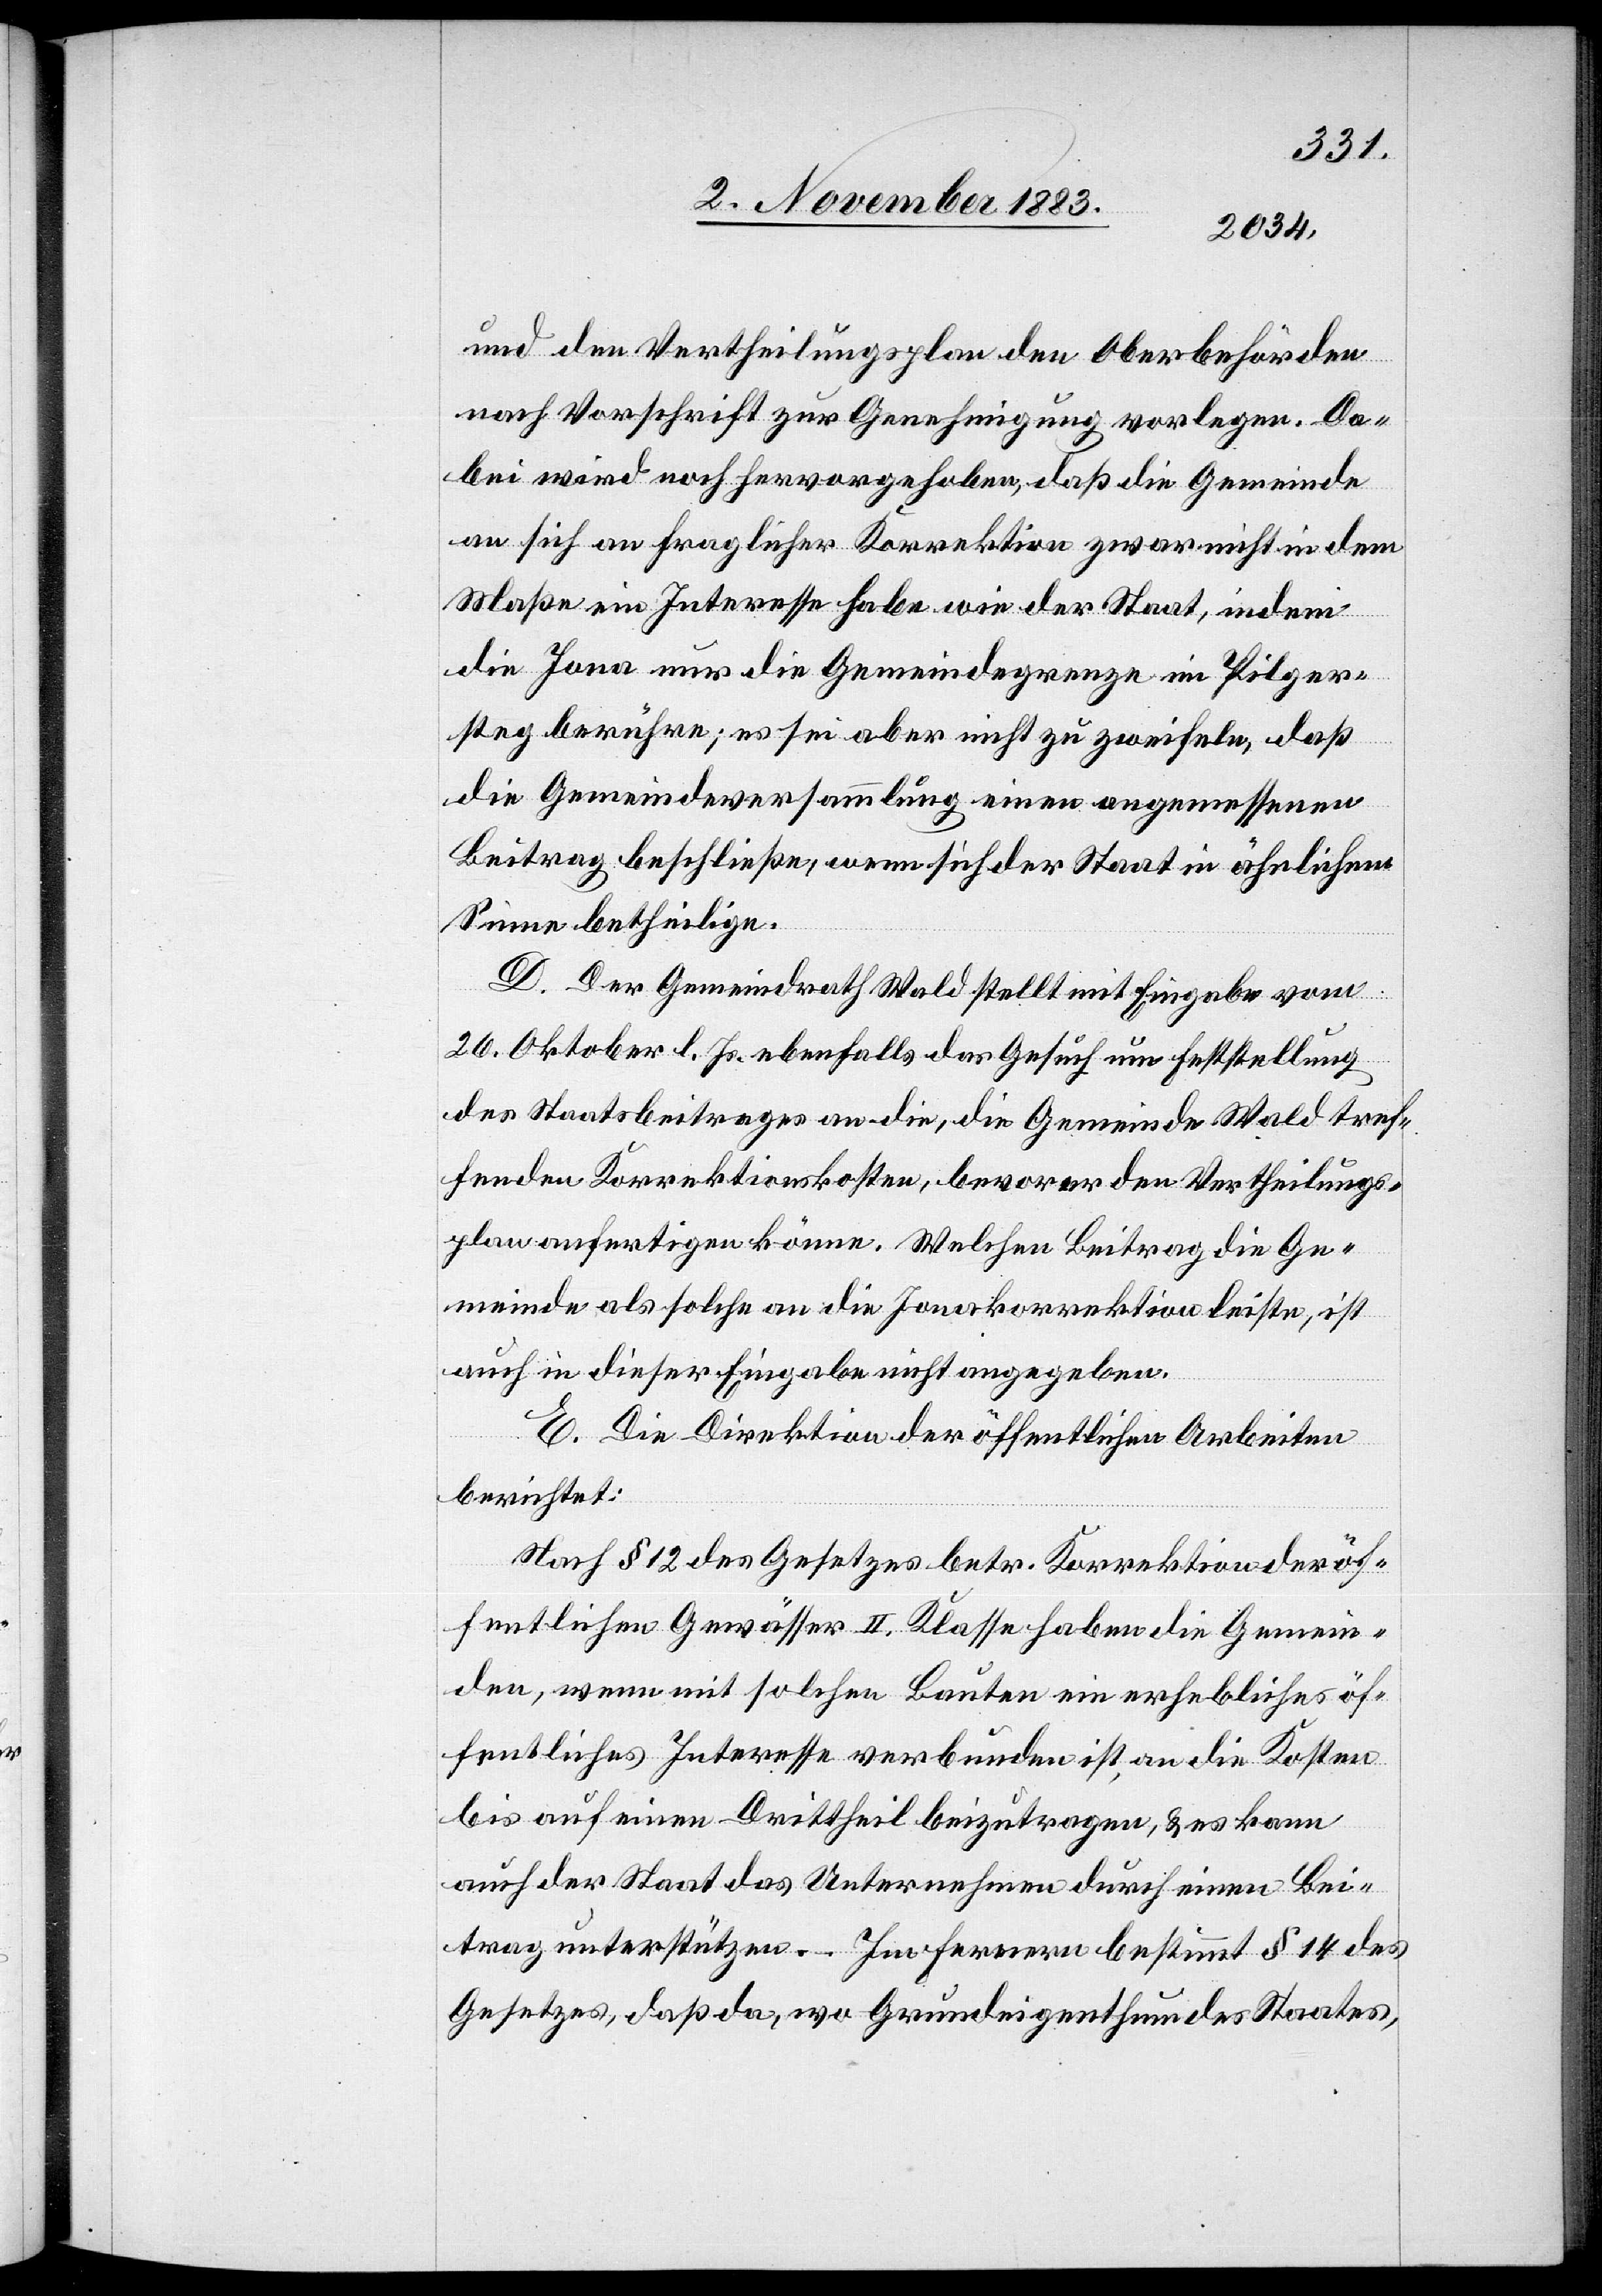
und den Vertheilungsplan den Oberbehörden
nach Vorschrift zur Genehmigung vorlegen. Da¬
bei wird noch hervorgehoben, daß die Gemeinde
an sich an fraglicher Korrektion zwar nicht in dem
Maße ein Interesse habe wie der Staat, indem
die Jona nur die Gemeindegrenze im Pilger¬
steg berühre; es sei aber nicht zu zweifeln, daß
die Gemeindeversammlung einen angemessenen
Beitrag beschließe, wenn sich der Staat in ähnlichem
Sinne betheilige.
D. Der Gemeindrath Wald stellt mit Eingabe vom
26. Oktober l. Js. ebenfalls das Gesuch um Feststellung
des Staatsbeitrages an die, die Gemeinde Wald betref¬
fenden Korrektionskosten, bevor er den Vertheilungs¬
plan anfertigen könne. Welchen Beitrag die Ge¬
meinde als solche an die Jonakorrektion leiste, ist
auch in dieser Eingabe nicht angegeben.
E. Die Direktion der öffentlichen Arbeiten
berichtet:
Nach § 12 des Gesetzes betr. Korrektion der öf¬
fentlichen Gewässer II. Klasse haben die Gemein¬
den, wenn mit solchen Bauten ein erhebliches öf¬
fentliches Interesse verbunden ist, an die Kosten
bis auf einen Drittheil beizutragen, & es kann
auch der Staat das Unternehmen bestimmt §
Gesetzes, daß da, wo Grundeigenthum des Staates,